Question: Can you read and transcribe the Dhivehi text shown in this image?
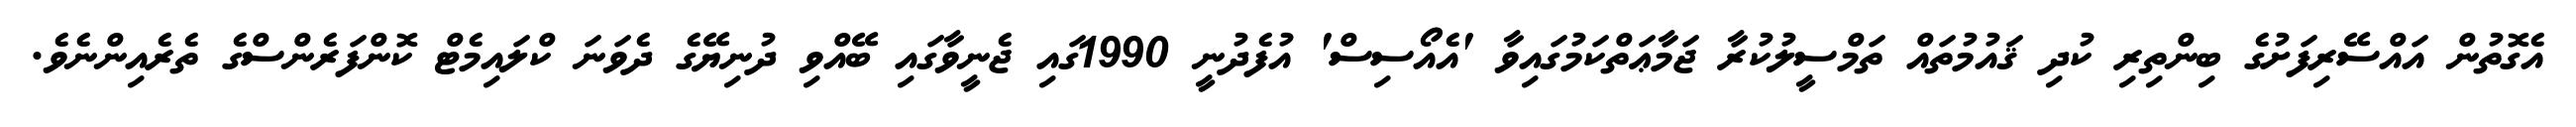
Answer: އެގޮތުން އައްސޭރިފަށުގެ ބިންތިރި ކުދި ޤައުމުތައް ތަމްސީލުކުރާ ޖަމާޢަތްކަމުގައިވާ 'އެއޯސިސް' އުފެދުނީ 1990ގައި ޖެނީވާގައި ބޭއްވި ދުނިޔޭގެ ދެވަނަ ކްލައިމެޓް ކޮންފަރެންސްގެ ތެރެއިންނެވެ.